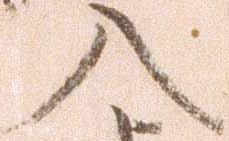
入